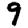
Digit: 9